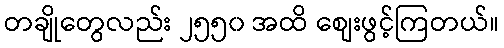
တချိုတွေလည်း ၂၅၅၀ အထိ စျေးဖွင့်ကြတယ်။